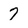
Character: 7